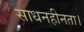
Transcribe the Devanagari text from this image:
साधनहीनता।